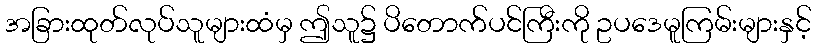
အခြားထုတ်လုပ်သူများထံမှ ဤသူ၌ ပိတောက်ပင်ကြီးကို ဥပဒေမူကြမ်းများနှင့်